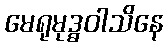
မေရုမုဒ္ဓဝါသိနေ